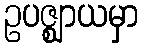
ဥပဇ္ဈာယမှာ